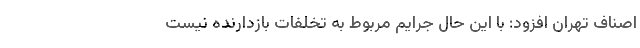
اصناف تهران افزود: با این حال جرایم مربوط به تخلفات بازدارنده نیست